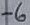
Text: -6